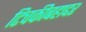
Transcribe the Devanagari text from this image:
टिचकीबहाद्दर